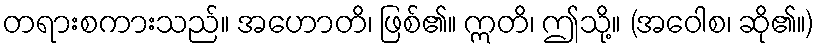
တရားစကားသည်။ အဟောတိ၊ ဖြစ်၏။ ဣတိ၊ ဤသို့။ (အဝေါစ၊ ဆို၏။)